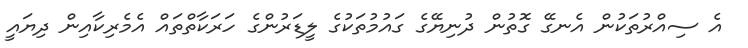
އެ ސިއްރުތަކުން އެނގޭ ގޮތުން ދުނިޔޭގެ ގައުމުތަކުގެ ލީޑަރުންގެ ހަރަކާތްތައް އެމެރިކާއިން ދިޔައީ